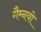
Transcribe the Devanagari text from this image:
गैम्नयो